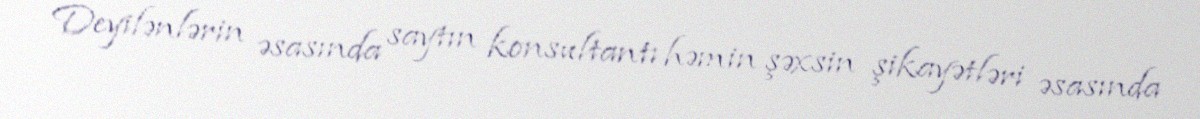
Deyilənlərin əsasında saytın konsultantı həmin şəxsin şikayətləri əsasında